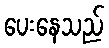
ပေးနေသည်